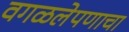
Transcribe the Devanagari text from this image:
वगळलेपणाचा